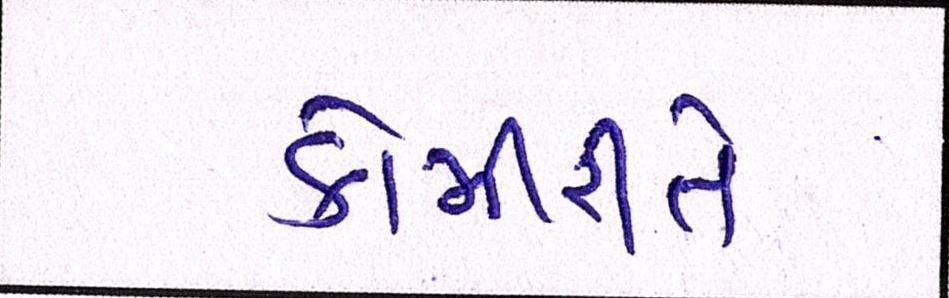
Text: કોમીરીતે